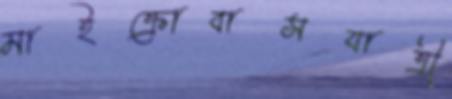
মাইক্রোবাসযাত্রী